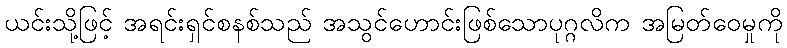
ယင်းသို့ဖြင့် အရင်းရှင်စနစ်သည် အသွင်ဟောင်းဖြစ်သောပုဂ္ဂလိက အမြတ်ဝေမှုကို